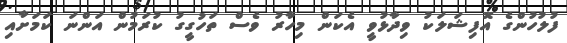
ފުލުހުންގެ އޮފިޝަލަކު ވިދާޅުވީ އެކަން މިހާރު ވެސް ތަހުގީގު ކުރަމުން އަންނަ ކަމަށާއި